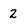
Character: 2